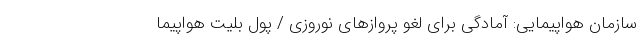
سازمان هواپیمایی: آمادگی برای لغو پروازهای نوروزی / پول بلیت هواپیما